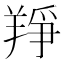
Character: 䍵